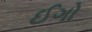
ઈગો